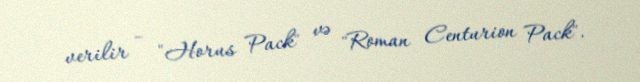
verilir – "Horus Pack" və "Roman Centurion Pack".